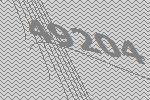
49204